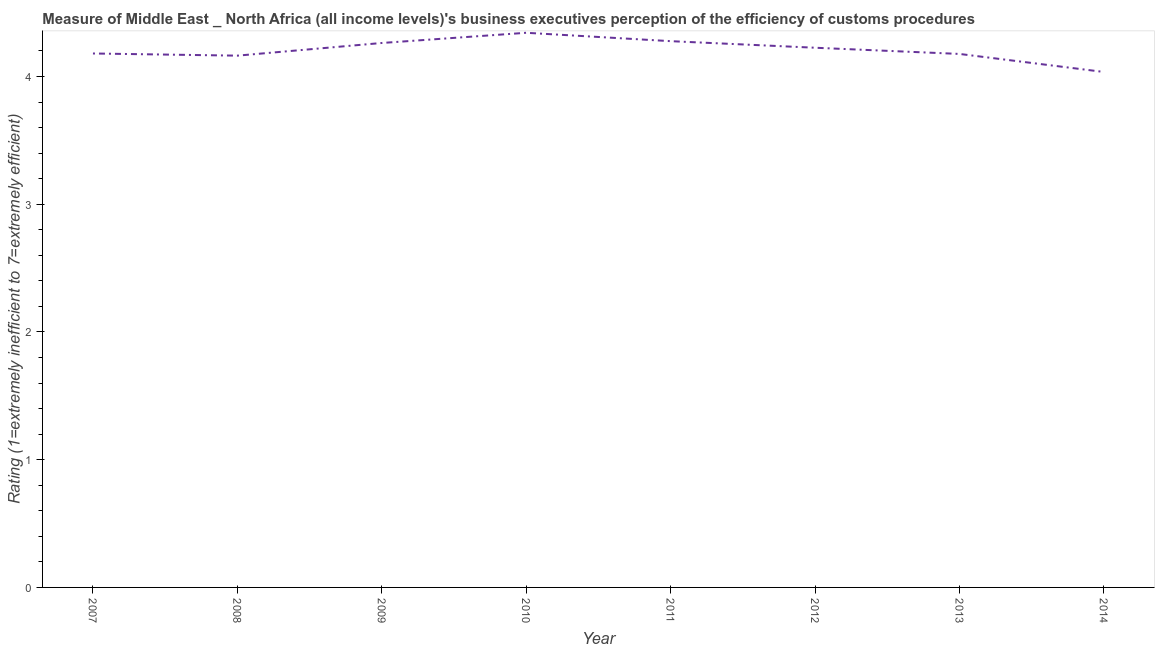
| Year | Burden of customs procedure |
 | --- | --- |
 | 2007 | 4.18 |
 | 2008 | 4.16 |
 | 2009 | 4.26 |
 | 2010 | 4.34 |
 | 2011 | 4.28 |
 | 2012 | 4.22 |
 | 2013 | 4.18 |
 | 2014 | 4.04 |